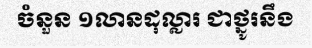
ចំនួន ១លានដុល្លារ ជាថ្នូរនឹង